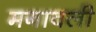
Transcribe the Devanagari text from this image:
मगावली